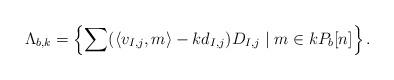
LaTeX: \begin{align*}\Lambda _{b,k}=\left\{\sum ( \langle v_{I,j},m \rangle - kd_{I,j}) D_{I,j}\; |\;m \in k P_b[n]\right\} .\end{align*}